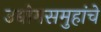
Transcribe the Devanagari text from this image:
उद्योगसमुहांचे